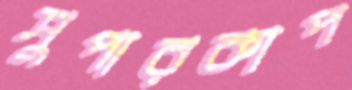
সুপারকাপ